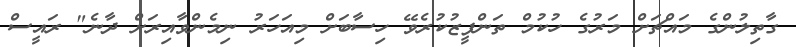
ގާތިލުންގެ މައްޗަށް މަރުގެ ހުކުމް ތަންފީޒުކުރެވޭ ހިސާބަށް މިއަހަރު ނިމެންވާއިރަށް ދާނެ" ރައީސް